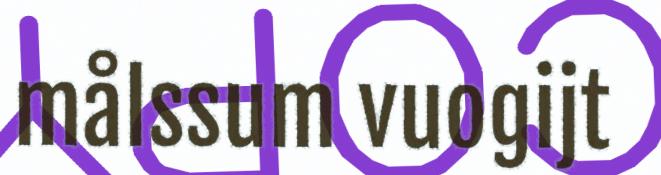
målssum vuogijt